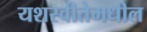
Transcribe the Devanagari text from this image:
यशस्वीतेमधील